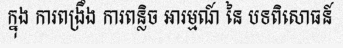
ក្នុង ការពង្រឹង ការពន្លិច អារម្មណ៍ នៃ បទពិសោធន៍